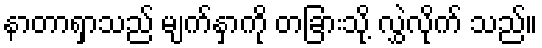
နာတာရှာသည် မျက်နှာကို တခြားသို့ လွှဲလိုက် သည်။